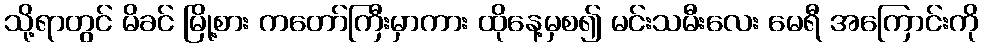
သို့ရာတွင် မိခင် မြို့စား ကတော်ကြီးမှာကား ထိုနေ့မှစ၍ မင်းသမီးလေး မေရီ အကြောင်းကို